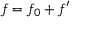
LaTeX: f = f _ { 0 } + f ^ { \prime }